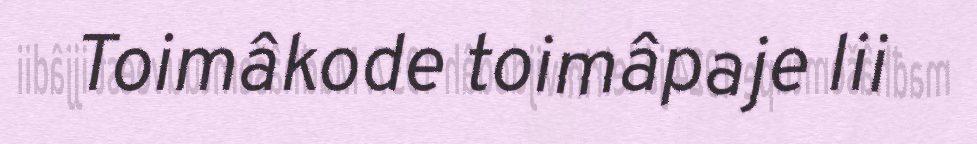
Toimâkode toimâpaje lii